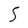
Character: S